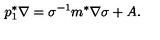
p _ { 1 } ^ { * } \nabla = \sigma ^ { - 1 } m ^ { * } \nabla \sigma + A .